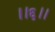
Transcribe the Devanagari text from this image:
।।६।।